Calcutta medical institutions reports 1879-81 [i.e.91]
Year: 1879
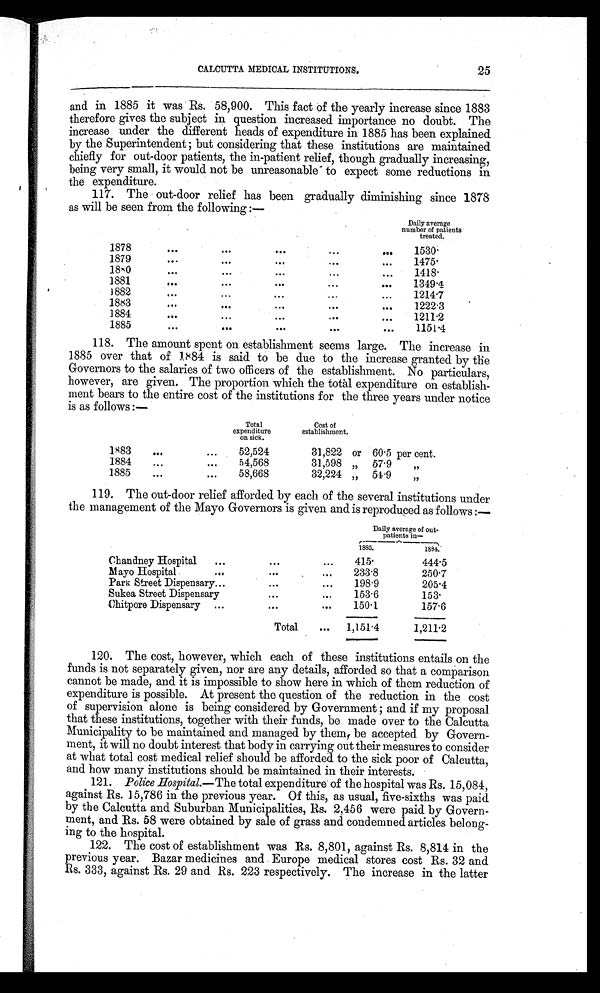
CALCUTTA MEDICAL INSTITUTIONS.
25
and. in 1885 it was Rs. 58,900. This fact of the yearly increase since 1883
therefore gives the subject in question increased importance no doubt. The
increase under the different heads of expenditure in 1885 has been explained
by the Superintendent; but considering that these institutions are maintained
chiefly for out-door patients, the in-patient relief, though gradually increasing,
being very small, it would. not be unreasonable to expect some reductions in
the expenditure.
117. The out-door relief has been gradually diminishing since 1878
as will be seen from the following :—
Daily average
number of patients
treated.
1878
1530.
1879
1475.
1880
1418.
1881
1349.4
1882
1214.7
1883
1222.3
1884
1211.2
1885
1151.4
118. The amount spent on establishment seems large. The increase in
1885 over that of 1884 is said to be due to the increase granted by the
Governors to the salaries of two officers of the establishment. No particulars,
however, are given. The proportion which the total expenditure on establish-
ment bears to the entire cost of the institutions for the three years under notice
is as follows :—
Total
expenditure
on sick.
Cost of
establishment.
1883
52,524
31,822 or 60 . 5 per cent.
1884
54,568
31,598 „ 57 . 9 „
1885
58,668
32,224 „ 51 . 9 ,,
119. The out-door relief afforded by each of the several institutions under
the management of the Mayo Governors is given and is reproduced as follows :—
Daily average of out-
patients in-
1885.
1 8 8 4
Chandney Hospital
415.
444.5
Mayo Hospital
233.8
2 5 0 . 7
Park Street Dispensary
198.9
205.4
Sukea Street Dispensary
153.6
153.
Chitpore Dispensary
150.1
157.6
Total
1,151.4
1,211.2
120. The cost, however, which each of these institutions entails on the
funds is not separately given, nor are any details, afforded so that a comparison
cannot be made, and it is impossible to show here in which of them reduction of
expenditure is possible. At present the question of the reduction in the cost
of supervision alone is being considered by Government; and if my proposal
that these institutions, together with their funds, be made over to the Calcutta
Municipality to be maintained and managed by them be accepted by Govern-
ment, it will no doubt interest that body in carrying out their measures to consider
at what total cost medical relief should be afforded to the sick poor of Calcutta,
and how many institutions should be maintained in their interests.
121. Police Hospital.—The total expenditure of the hospital was Rs. 15,084,
against Rs. 15,786 in the previous year. Of this, as usual, five-sixths was paid
by the Calcutta and Suburban Municipalities, Rs. 2,456 were paid by Govern-
ment, and Rs. 58 were obtained by sale of grass and condemned articles belong-
ing to the hospital.
122. The cost of establishment was Rs. 8,801, against Rs. 8,814 in the
previous year. Bazar medicines and Europe medical stores cost Rs. 32 and
Rs. 333, against Rs. 29 and Rs. 223 respectively. The increase in the latter